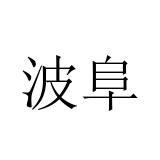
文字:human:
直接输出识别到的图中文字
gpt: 波阜